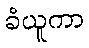
ခံယူကာ